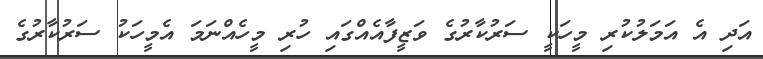
އަދި އެ އަމަލުކުރި މީހަކީ ސަރުކާރުގެ ވަޒީފާއެއްގައި ހުރި މީހެއްނަމަ އެމީހަކު ސަރުކާރުގެ